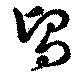
舃